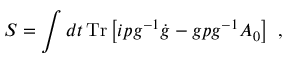
{ \cal S } = \int d t \, \mathrm { T r } \left[ i p g ^ { - 1 } \dot { g } - g p g ^ { - 1 } A _ { 0 } \right] ~ ,